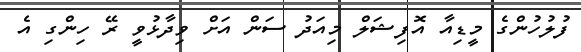
ފުލުހުންގެ މީޑިއާ އޮފިޝަލް މިއަދު ސަން އަށް ވިދާޅުވީ ރޭ ހިންގި އެ